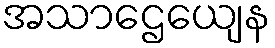
အသာဌေယျေန